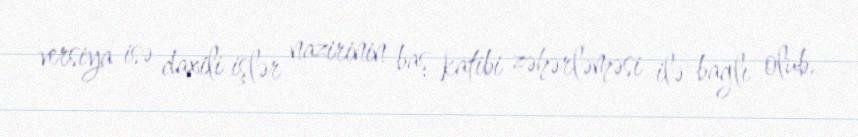
versiya isə daxili işlər nazirinin baş katibi zəhərləməsi ilə bağlı olub.